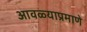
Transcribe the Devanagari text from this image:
आवळ्याप्रमाणे